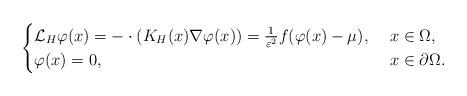
LaTeX: \begin{align*}\begin{cases}\mathcal{L}_H\varphi(x)=-\cdot(K_H(x)\nabla\varphi(x))=\frac{1}{\varepsilon^2}f(\varphi(x)-\mu),\ &x\in \Omega,\\\varphi(x)=0,\ &x\in \partial \Omega.\end{cases}\end{align*}